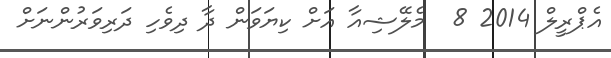
އެޕްރީލް 2014 8  މެލޭޝިއާ އަށް ކިޔަވަން ދާ ދިވެހި ދަރިވަރުންނަށް